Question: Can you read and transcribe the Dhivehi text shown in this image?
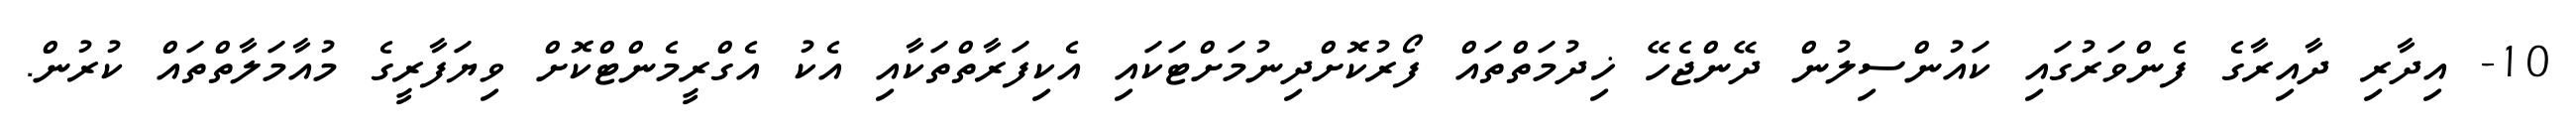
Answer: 10- އިދާރި ދާއިރާގެ ފެންވަރުގައި ކައުންސިލުން ދޭންޖެހޭ ޚިދުމަތްތައް ފޯރުކޮށްދިނުމަށްޓަކައި އެކިފަރާތްތަކާއި އެކު އެގްރީމެންޓްކޮށް ވިޔަފާރީގެ މުއާމަލާތްތައް ކުރުން.